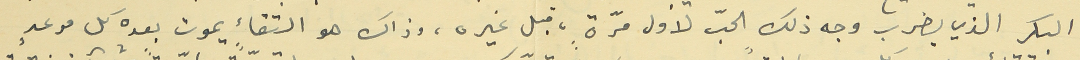
البكر الذي يضرب وجه ذلك الحبّ لأول مرّةٍ، قبل غيره، وذاك هو التقااء يموت بعده كل موعدٍ